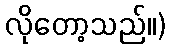
လိုတော့သည်။)